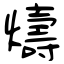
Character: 燽